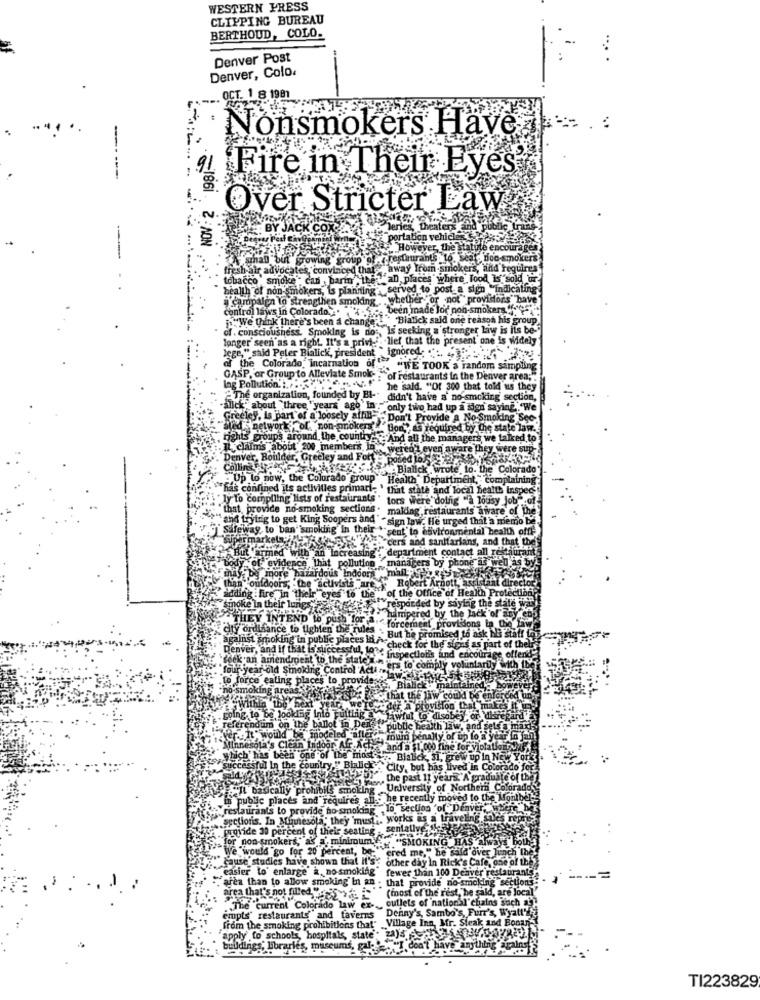
WESTERN PRESS
CLIPPING BUREAU
BERTHOUD, COLO.
Denver Post
Denver, Colo.
OCT. 1 8. 1981
Nonsmokers Have
Fire in Their Eyes
Over Stricter Law
BY
.1861. 2:NON
---
than bin
Group OUA4
ir advocates convinced that "away)
um smokers min
tobacco smoke : can ,bari it
"aD.p
Tood
health of non-smokers, Is planning
a campaign lo stre
gthen smoking
control laws in Colorado.""
"We think there's been a chang
ousness. Smoking is no :,
is its b
longer se
longer seen as a right. It's a privi-'
Widely
lege," said Peter Bialick, president
sident
of the Colorado, incarnation of"
GASP, or Group to Alleviate Smok-
random sampling
the Denver area ;.
Ing Pollution .:
that told us they
he organization, founded by BI-
smoking section,
-allck" about three years ago in -
only 1
Greeley, is part of a loosely affia-
Don't
No-Smoking Se
Bled network , of non-gnoke
d by the state la
rights groups around the country. An
IL claims about 200 member's
er's Ja
were s
"Den
er, Boulder, Gree
d Fort
Biall
the C
Up to now, the Colorado group
Health
compla
has confined its activities primari- ' that sta
al health
ly To compiling lists of restaurants " tors We
lousy
that, provide no-smoking sections. malding
that, pro
the trying to get King Soopers and " sign law
safeway, to ban" smokin
in thei
sent to
marke
cers an
L'armed with a
vidence,That
aby more hazardous
outdoors, the "a
in their
Y INTEND WO
distance to tighten
smoking in public
laces in
r, and if that is' suce
amendovent to t
encoura
old Smoking Co
trol A
e eating places to
be looking Into
Jum on the ballot
would be model
theini Co
i Puby
places an
ed to the K
nis Lo
for non-smokers," as a, mir
fe wo
go for 20
cause studies have shown t
cause
n Rick's Cafe,
easier to enlarge a, no-s
"exsie
100 Deaver res
area than to allow smoking
area that's not filled "
(most c
outlet
The current Colorad
Sambo's, Furr's,
empis' restaurants and taverns Denny's
in Mr. Steak and
from the smoking prohibitions that" _Village
apply to schools, hospitals, state : 2a)4
state
Udings, libraries, m
TI223829